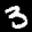
Label: 3